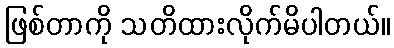
ဖြစ်တာကို သတိထားလိုက်မိပါတယ်။